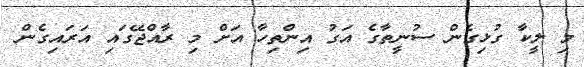
މި ލީކާ ގުޅިގެން ސުނީތާގެ އަގު އިންތިހާ އަށް މި ރާއްޖޭގައި އަރައިގެން